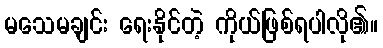
မသေမချင်း ရေးနိုင်တဲ့ ကိုယ်ဖြစ်ရပါလို၏။